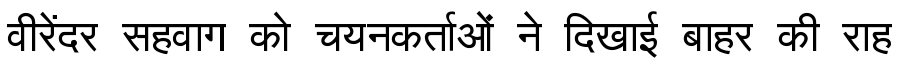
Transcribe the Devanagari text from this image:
वीरेंदर सहवाग को चयनकर्ताओं ने दिखाई बाहर की राह